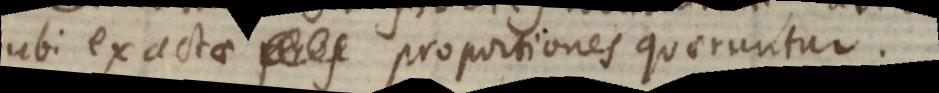
ubi exactae proportiones quaeruntur.